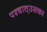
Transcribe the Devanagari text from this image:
पश्‍चात्‌उसका